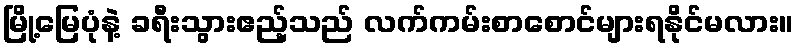
မြို့မြေပုံနဲ့ ခရီးသွားဧည့်သည် လက်ကမ်းစာစောင်များရနိုင်မလား။